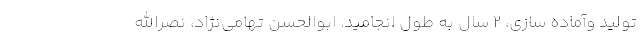
تولید وآماده سازی، ۲ سال به طول انجامید. ابوالحسن تهامی‌نژاد، نصرالله